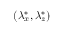
\left( { \lambda } _ { x } ^ { * } , { \lambda } _ { z } ^ { * } \right)